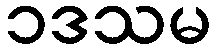
၁ဒသမ